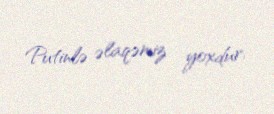
Putinlə əlaqəmiz yoxdur.